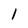
Character: 1